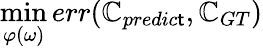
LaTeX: \operatorname*{min}_{\varphi(\omega)}err(\mathbb{C}_{predic\mathsf{t}},\mathbb{C}_{GT})